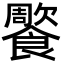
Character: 𩞺